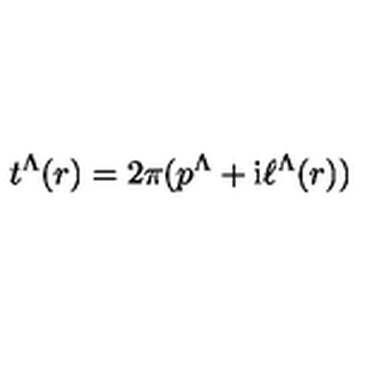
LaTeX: t ^ { \Lambda } ( r ) = 2 \pi ( p ^ { \Lambda } + \mathrm { i } \ell ^ { \Lambda } ( r ) ) \nonumber \,